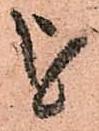
を